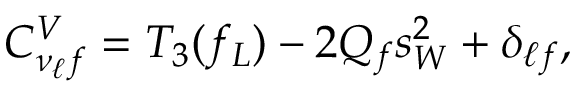
C _ { \nu _ { \ell } f } ^ { V } = T _ { 3 } ( f _ { L } ) - 2 Q _ { f } s _ { W } ^ { 2 } + \delta _ { \ell f } ,